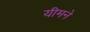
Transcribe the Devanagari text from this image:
यीमने